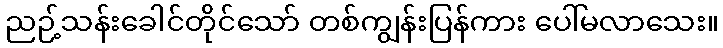
ညဉ့်သန်းခေါင်တိုင်သော် တစ်ကျွန်းပြန်ကား ပေါ်မလာသေး။